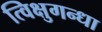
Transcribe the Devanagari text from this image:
त्विक्षुगन्धा